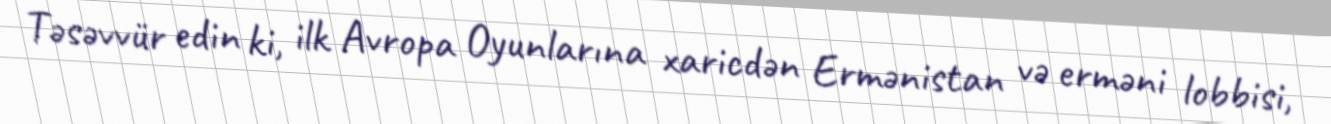
Təsəvvür edin ki, ilk Avropa Oyunlarına xaricdən Ermənistan və erməni lobbisi,